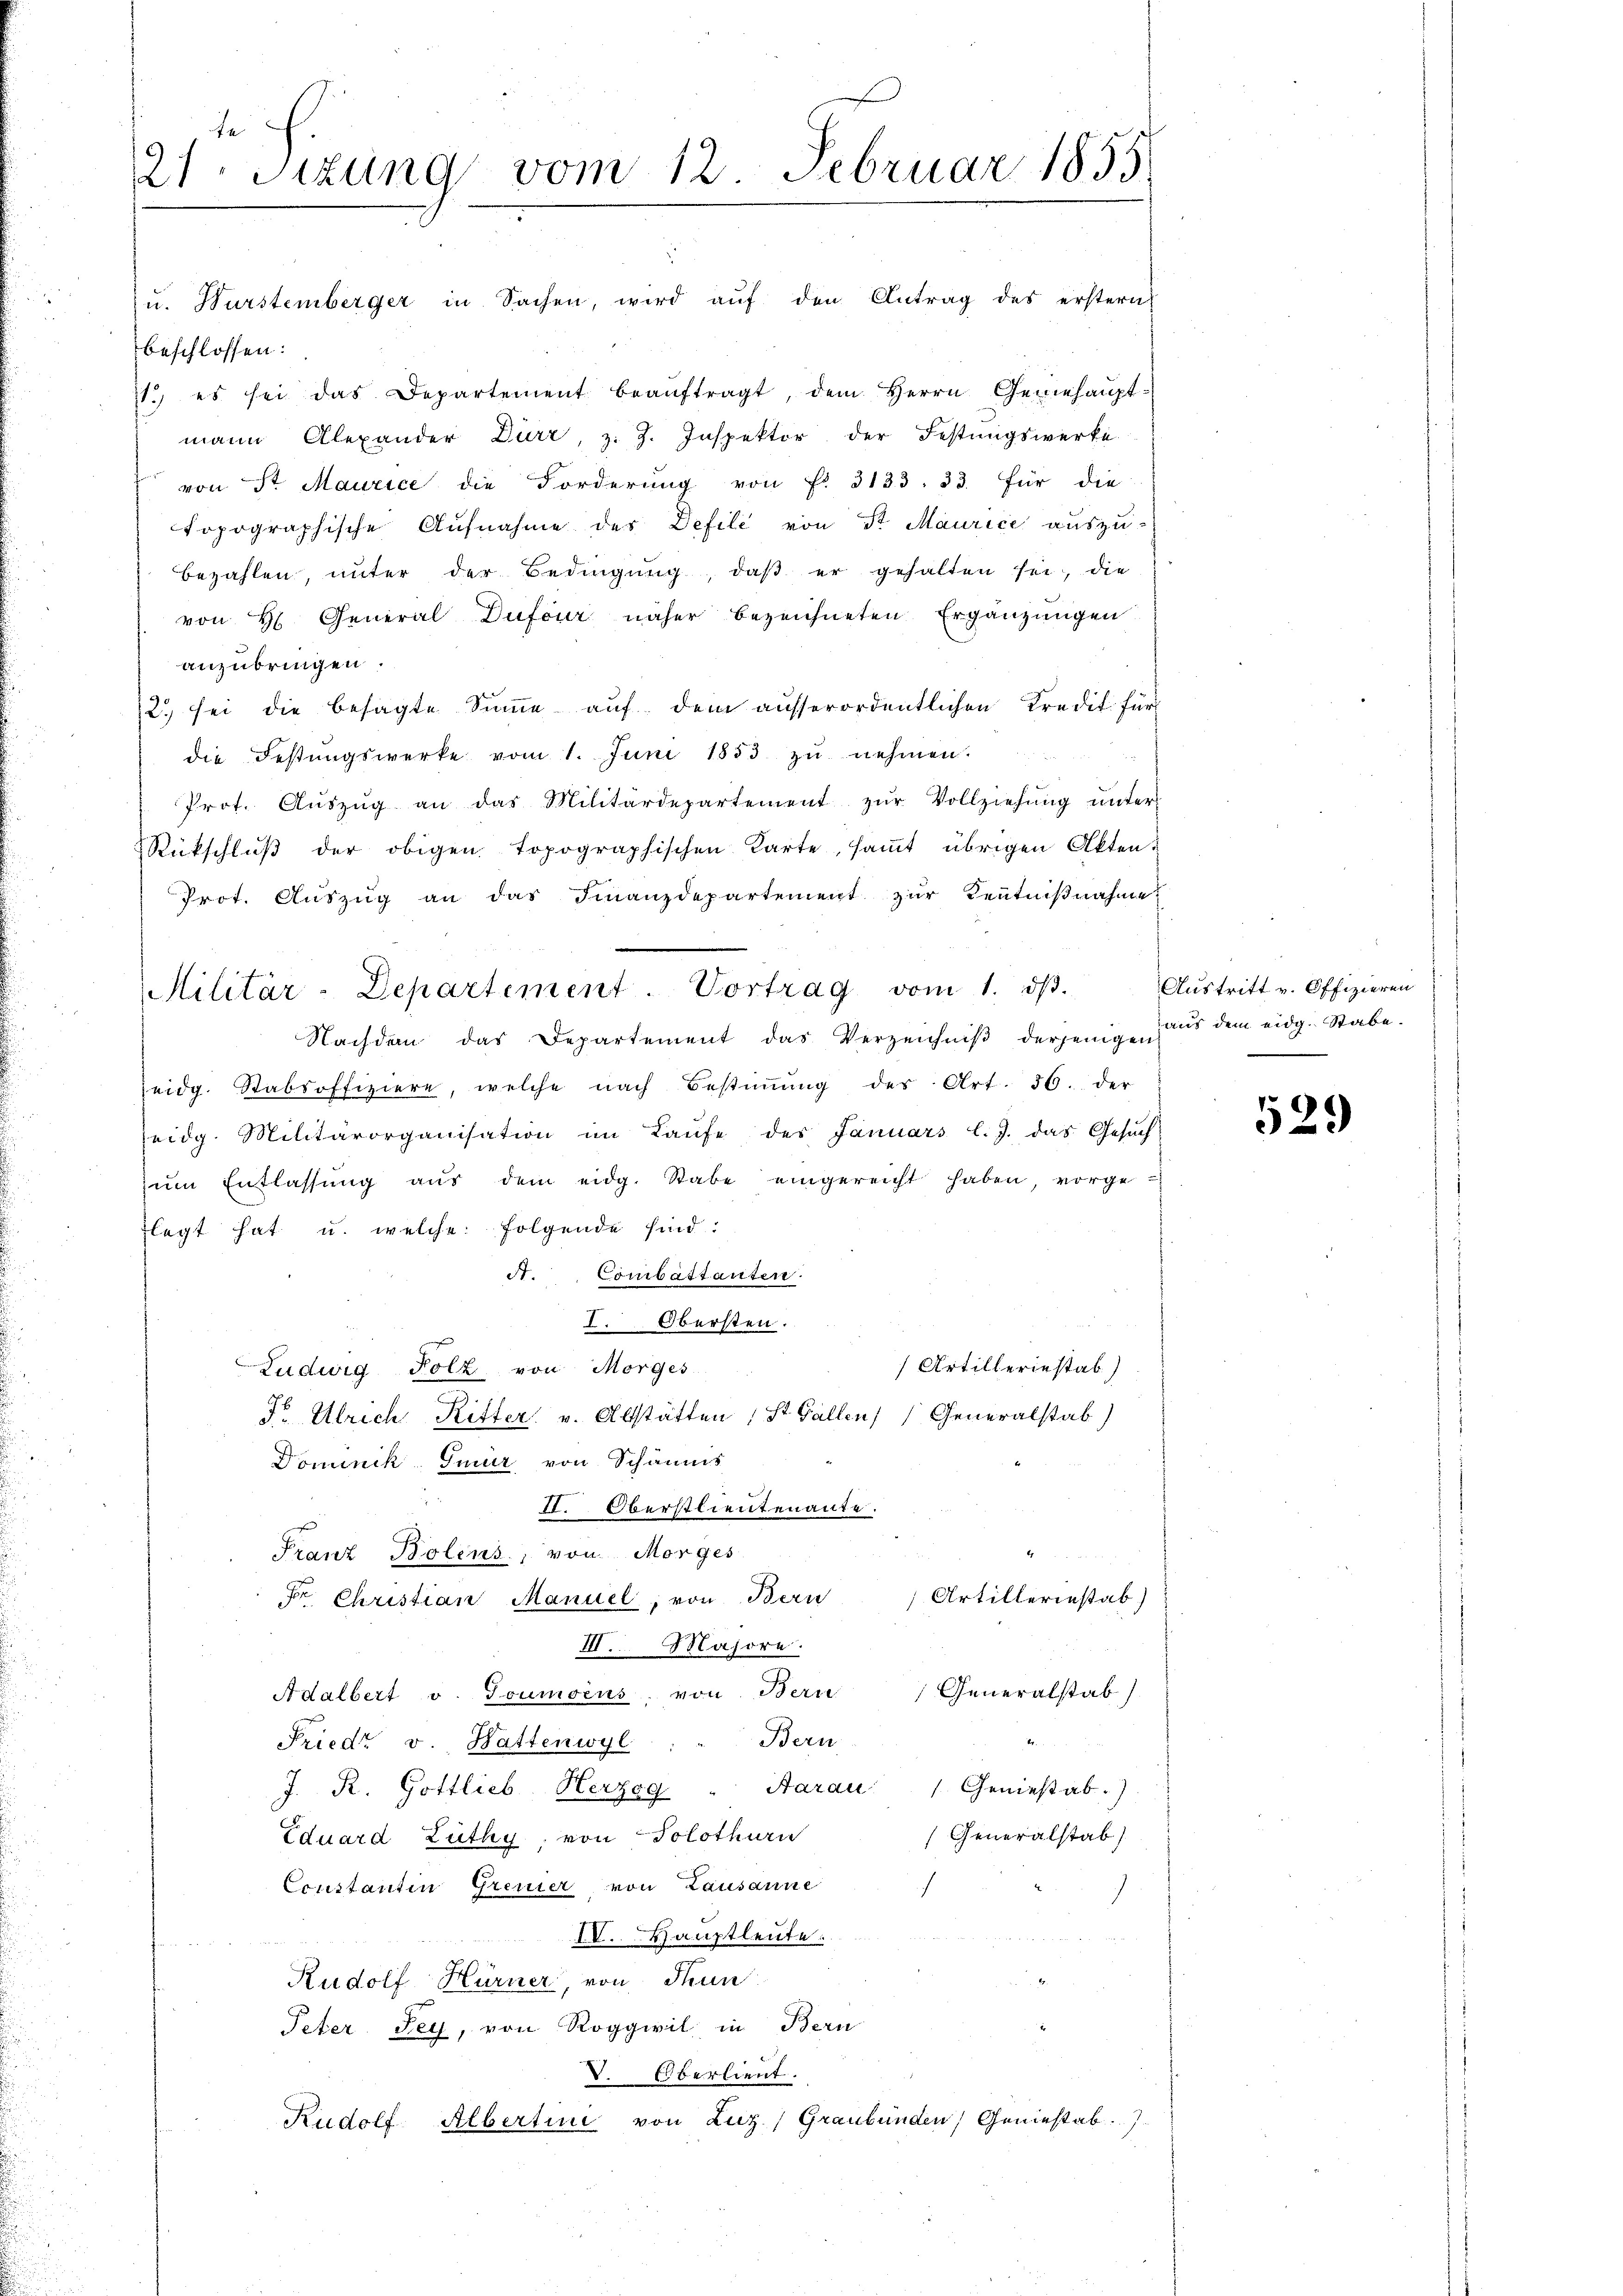
21 sizung vom 12. Februar 1855

u. Wurstemberger in Sachen, wird aŭf den Antrag des erstern
beschlossen:
11. es sei das Departement beaŭftragt, dem Herrn Geriehaŭpt:
mann Alexander Dürr, z. Z. Inspektor der Festungswerke
 von Sr Maurice die Forderung von f. 3133. 33. für die
topographische Aufnahme des Defile von Sr Maurice auszu-
bezahlen, unter der Bedingŭng, daβ er gehalten sei, die
von H General Dufour näher bezeichneten Ergänzungen
anzubringen.
2. sei die besagte Summe auf dem ausserordentlichen Kredit für
die Festungswerke vom 1. Juni 1853 zŭ nehmen.
Prot. Aŭszŭg an das Militärdepartement zŭr Vollziehŭng ŭnter
Rückschlŭβ der obigen topographischen Karte, saṁt übrigen Akten.
Prot. Aŭszŭg an das Finanzdepartement zŭr Kenntniβnahme:
Nachden das Departement das Verzeichniβ derjenige aus dem eidg. Stabe.
eidg. Stabsoffiziere, welche nach Bestiṁŭng des Art. 36. der
eidg. Militärorganisation im Laŭfe der Januars l. J. das Gesŭch
zŭm Entlassŭng aŭs dem eidg. Stabe eingereicht haben, vorgelegt hat u. welche folgende sind:
dt. Combastanten.
I. Obersten.
Artilleriestab)
Ludwig Folz von Morges
Fr Ulrich, Ritter v. Abstätten 1 St. Gallen Generalstab)
Dominik Gmür von Schaums
I. Oberstlieutenante.
Franz Bolens, von Morges
0 f 0 x
Artilleriestab)
Fr. Christian Manuel, von Bern
III. Majore.
Generalstab
Adalbert v. Goumoens, von Bern
Bern
Friedt v. Battenwyl
J. R. Gottlieb Herzog. " Aarau Genießab.)
(Generalstab
Eduard Zuthy, von Solothurn
Coustantin Gremier von Lausanne
IV. Hauptleute.
Rudolf Hurner, von dun
Peter Sey, von Roggwil in Bern
V. Oberlieut.
Rudolf Albertini von Luz, Graubünden Geniestab.)

Militär-Departement. Vortrag vom 1. dβ.

Austritt v. Offizieren

529